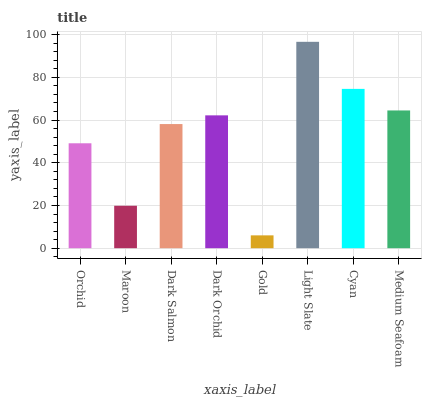
| xaxis_label | bars |
 | --- | --- |
 | Orchid | 49.1 |
 | Maroon | 19.9 |
 | Dark Salmon | 58.1 |
 | Dark Orchid | 62.2 |
 | Gold | 6.01 |
 | Light Slate | 96.6 |
 | Cyan | 74.6 |
 | Medium Seafoam | 64.5 |